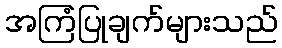
အကြံပြုချက်များသည်